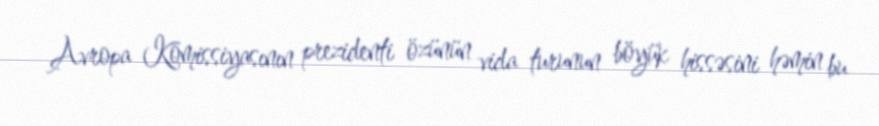
Avropa Komissiyasının prezidenti özünün vida turunun böyük hissəsini həmin bu